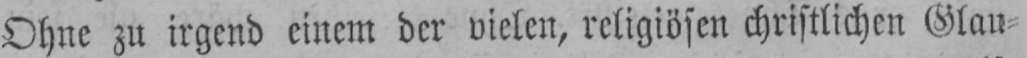
Ohne zu irgend einem der vielen, religiösen christlichen Glau⸗